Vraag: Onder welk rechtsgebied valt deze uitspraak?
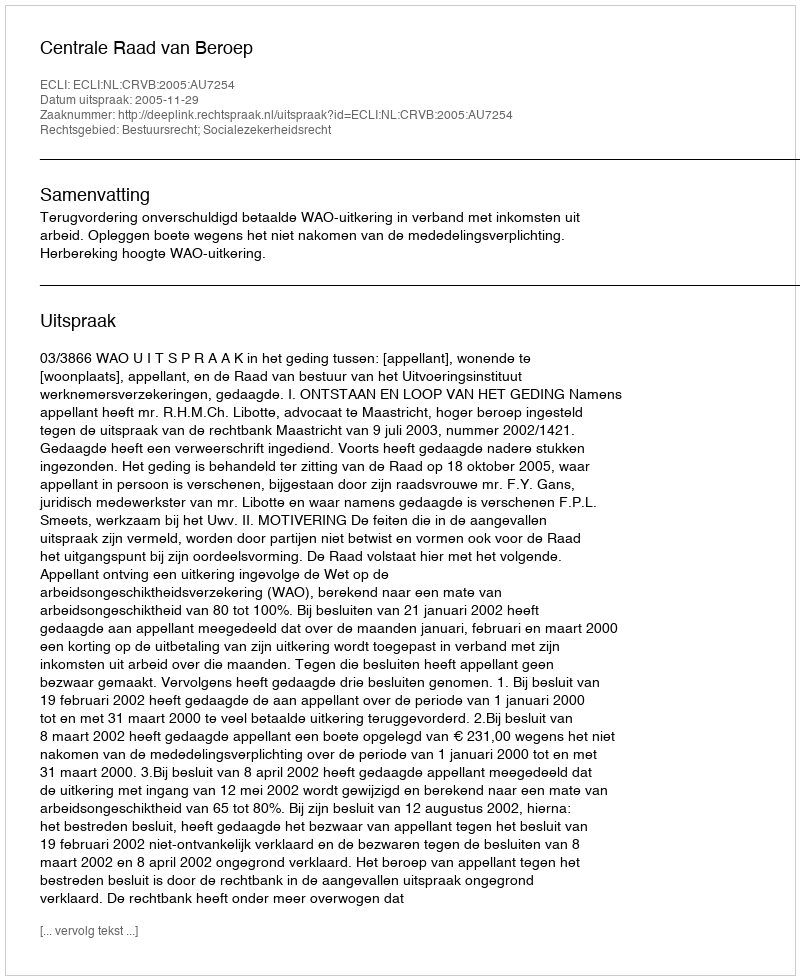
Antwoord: Bestuursrecht; Socialezekerheidsrecht